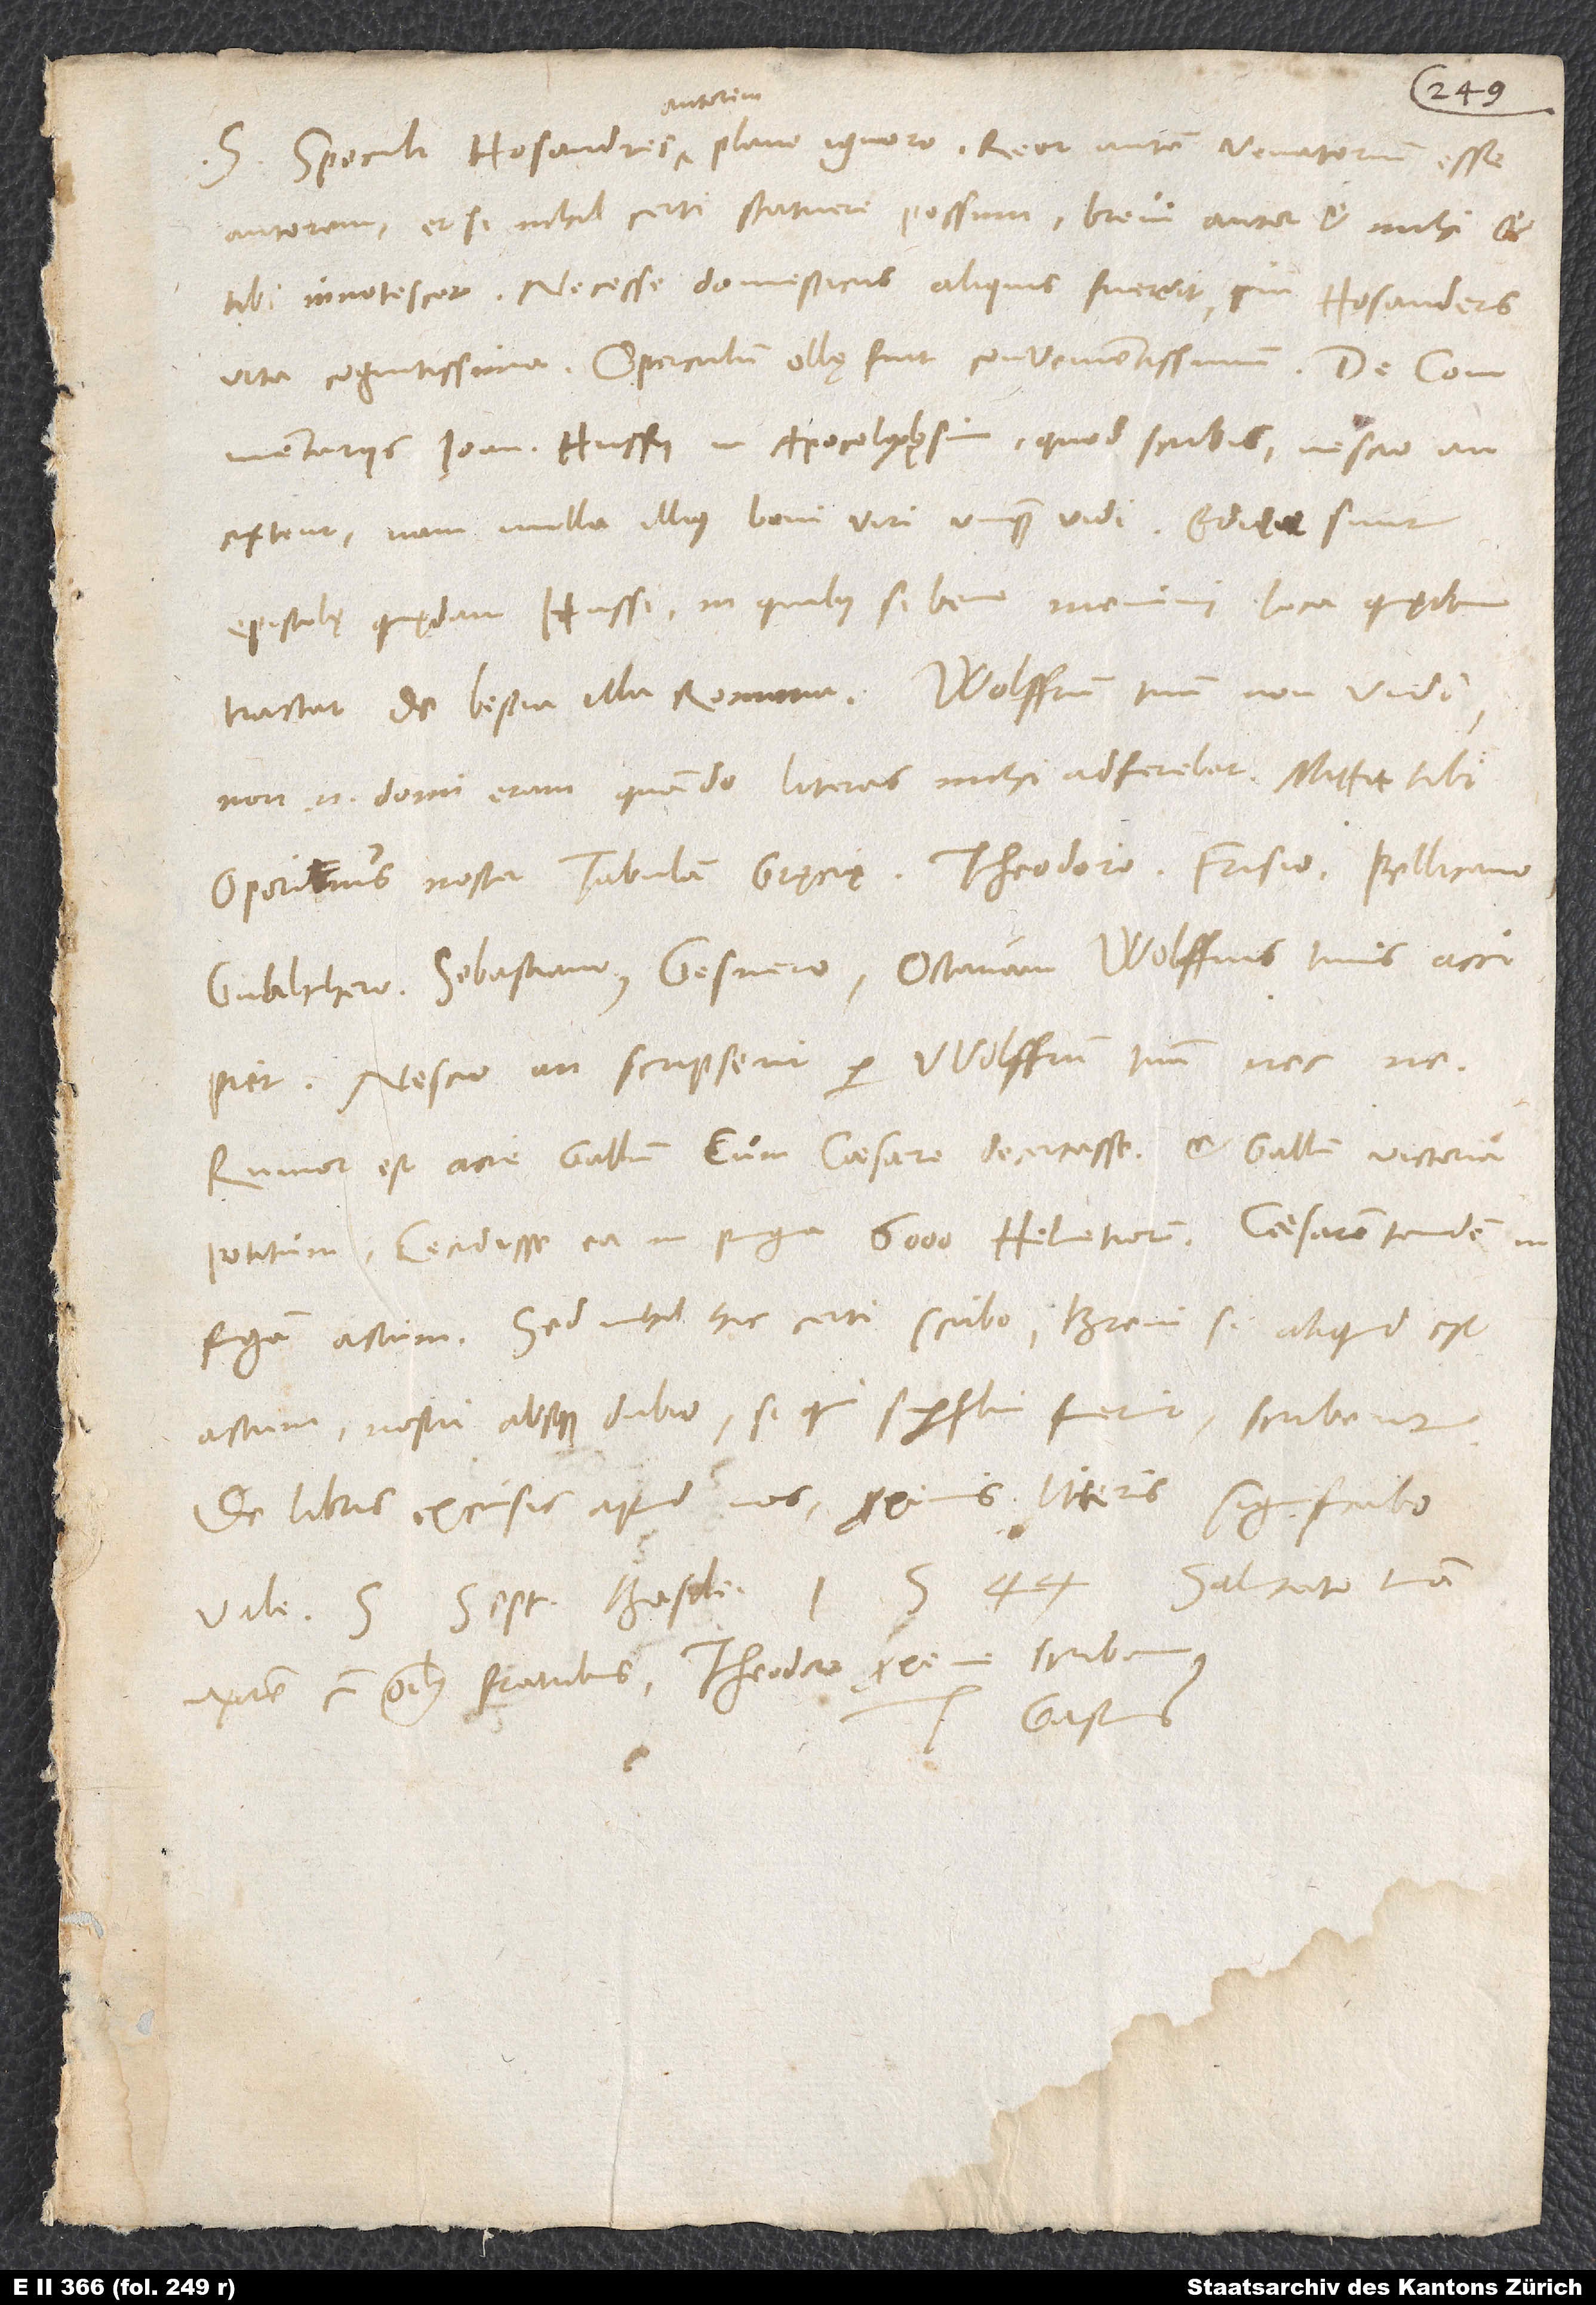
commentariis Ioannis Hussii in Apocalypsim quod scribis, nescio, an
extent; nam nulla illius boni viri unquam vidi. Editae sunt
epistolę quędam Hussi, in quibus, si bene memini, loca quędam
non enim domi eram, quando literas mihi adferebat. Mittit tibi
Oporinus noster tabulam Gręcię, Theodoro, Frisio, Pellicano,
Gvalthero, Sebastiano, Gesnero. Octavam Wolffius tuus accipiet.
Nescio, an scripserit per Wolffium tuum nec ne.
Rumor est acie Gallum cum caesare decertasse et Gallum victoria
potitum, cecidisse ea in pugna 6’000 Helvetiorum, caesarem tandem in
fugam actum; sed nihil hic certi scribo. Brevi, si aliquid est
actum, nostri absque dubio, si qui superflui fuerint, scribent.
De libris excusis apud nos proximis literis significabo.
uxorem cum omnibus fratribus. Theodoro proxime scribam.
Gastius.